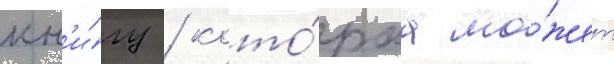
кн'и́гу / кото́раа мо́жет